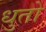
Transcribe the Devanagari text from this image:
धुतो